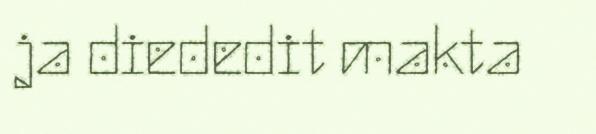
ja diededit makta